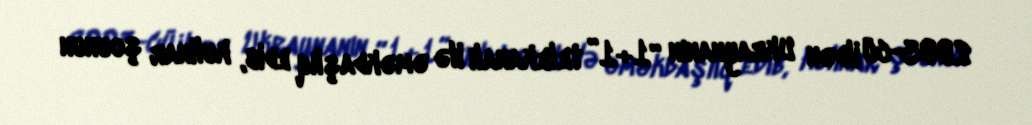
2003-cü ildən Ukraynanın “1+1” telekanalı ilə əməkdaşlıq edib, kulinar şounun